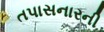
તપાસનારની